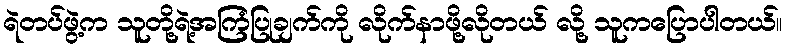
ရဲတပ်ဖွဲ့က သူတို့ရဲ့အကြံပြုချက်ကို လိုက်နာဖို့လိုတယ် လို့ သူကပြောပါတယ်။